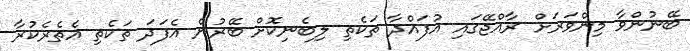
ބޭނުންވާ މިންވަރަށް ރާއްޖޭގައި އުފައްދާ ތަކެތި ލިބެނިކޮށް ބޭރުން އެފަދަ ތަކެތި އެތެރެކުރާ